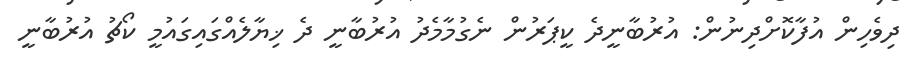
ދިވެހިން އުފާކޮށްދިނުން: އުރުބާނީދެ ކީޕަރުން ނެގުމާމެދު އުރުބާނީ ދެ ޚިޔާލެއްގައިގައުމީ ކޯޗު އުރުބާނީ